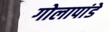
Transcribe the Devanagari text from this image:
गोलापांडे